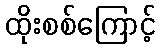
ထိုးစစ်ကြောင့်